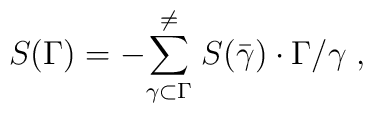
S(\Gamma)=-{\sum^{\neq}_{\gamma\subset\Gamma}}\;S(\bar{\gamma})\cdot\Gamma/\gamma\;,